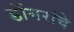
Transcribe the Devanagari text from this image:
डोंगरांचे